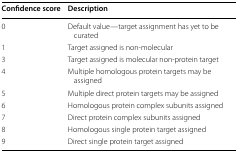
<table><thead><tr><td><b>Confidence score</b></td><td><b>Description</b></td></tr></thead><tbody><tr><td>0</td><td>Default value—target assignment has yet to be curated</td></tr><tr><td>1</td><td>Target assigned is non-molecular</td></tr><tr><td>3</td><td>Target assigned is molecular non-protein target</td></tr><tr><td>4</td><td>Multiple homologous protein targets may be assigned</td></tr><tr><td>5</td><td>Multiple direct protein targets may be assigned</td></tr><tr><td>6</td><td>Homologous protein complex subunits assigned</td></tr><tr><td>7</td><td>Direct protein complex subunits assigned</td></tr><tr><td>8</td><td>Homologous single protein target assigned</td></tr><tr><td>9</td><td>Direct single protein target assigned</td></tr></tbody></table>